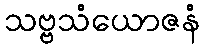
သဗ္ဗသံယောဇနံ